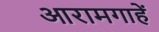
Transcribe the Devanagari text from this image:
आरामगाहें